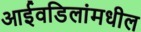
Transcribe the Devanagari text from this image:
आईवडिलांमधील